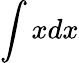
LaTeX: \int xdx